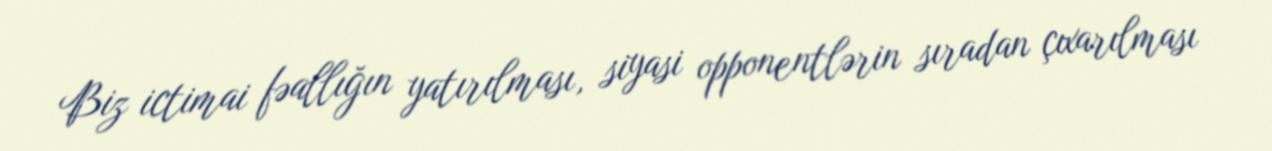
Biz ictimai fəallığın yatırılması, siyasi opponentlərin sıradan çıxarılması